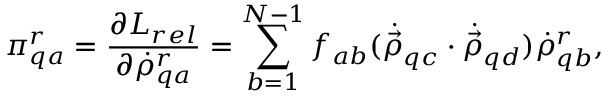
\pi _ { q a } ^ { r } = { \frac { \partial L _ { r e l } } { \partial { \dot { \rho } } _ { q a } ^ { r } } } = \sum _ { b = 1 } ^ { N - 1 } f _ { a b } ( { \dot { \vec { \rho } } } _ { q c } \cdot { \dot { \vec { \rho } } } _ { q d } ) { \dot { \rho } } _ { q b } ^ { r } ,